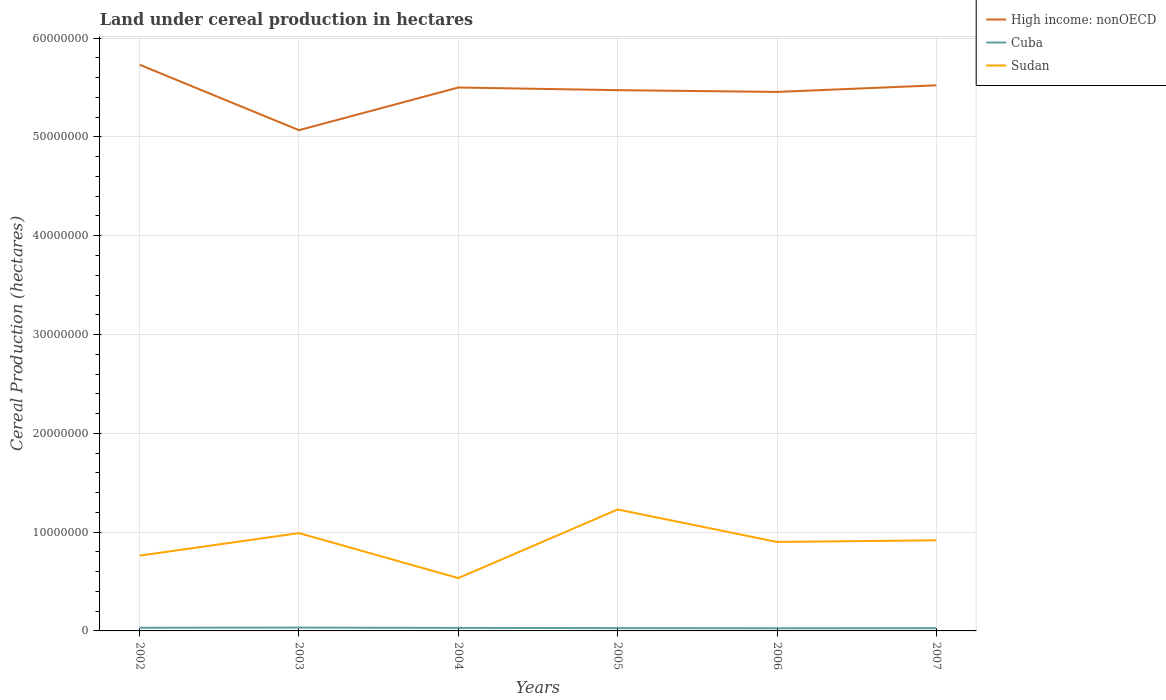
| Years | High income: nonOECD | Cuba | Sudan |
 | --- | --- | --- | --- |
 | 2002 | 5.73e+07 | 3.21e+05 | 7.62e+06 |
 | 2003 | 5.07e+07 | 3.37e+05 | 9.9e+06 |
 | 2004 | 5.5e+07 | 3.04e+05 | 5.35e+06 |
 | 2005 | 5.47e+07 | 2.86e+05 | 1.23e+07 |
 | 2006 | 5.46e+07 | 2.67e+05 | 9e+06 |
 | 2007 | 5.52e+07 | 2.78e+05 | 9.17e+06 |